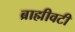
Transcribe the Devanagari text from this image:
ब्राह्मीवटी